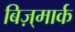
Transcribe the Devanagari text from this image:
बिज़्मार्क